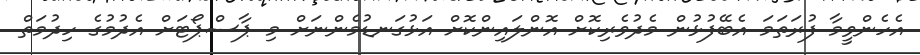
އެހެންވީމާ ފުރަތަމަ އެބޭފުޅުން މެދުވެރިކޮށް އޮންލައިންކޮށް އަޅުގަނޑުމެންނަށް މި ޕާސްޕޯޓަށް އެދުމުގެ ހިދުމަތް